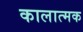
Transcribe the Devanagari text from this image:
कालात्मक